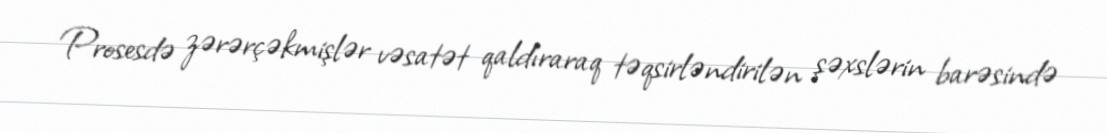
Prosesdə zərərçəkmişlər vəsatət qaldıraraq təqsirləndirilən şəxslərin barəsində